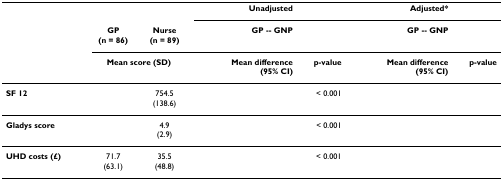
<table><thead><tr><td>[EMPTY_CELL]</td><td>[EMPTY_CELL]</td><td>[EMPTY_CELL]</td><td><b>Unadjusted</b></td><td>[EMPTY_CELL]</td><td><b>Adjusted*</b></td><td>[EMPTY_CELL]</td></tr><tr><td>[EMPTY_CELL]</td><td><b>GP(n = 86)</b></td><td><b>Nurse(n = 89)</b></td><td><b>GP -- GNP</b></td><td>[EMPTY_CELL]</td><td><b>GP -- GNP</b></td><td>[EMPTY_CELL]</td></tr><tr><td>[EMPTY_CELL]</td><td colspan="2"><b>Mean score (SD)</b></td><td><b>Mean difference(95% CI)</b></td><td><b>p-value</b></td><td><b>Mean difference(95% CI)</b></td><td><b>p-value</b></td></tr></thead><tbody><tr><td><b>SF 12</b></td><td>[EMPTY_CELL]</td><td>754.5(138.6)</td><td>[EMPTY_CELL]</td><td>&lt; 0.001</td><td>[EMPTY_CELL]</td><td>[EMPTY_CELL]</td></tr><tr><td><b>Gladys score</b></td><td>[EMPTY_CELL]</td><td>4.9(2.9)</td><td>[EMPTY_CELL]</td><td>&lt; 0.001</td><td>[EMPTY_CELL]</td><td>[EMPTY_CELL]</td></tr><tr><td><b>UHD costs (£)</b></td><td>71.7(63.1)</td><td>35.5(48.8)</td><td>[EMPTY_CELL]</td><td>&lt; 0.001</td><td>[EMPTY_CELL]</td><td>[EMPTY_CELL]</td></tr></tbody></table>